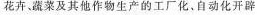
花卉、蔬菜及其他作物生产的工厂化、自动化开辟